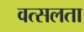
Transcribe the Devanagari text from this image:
वत्सलता